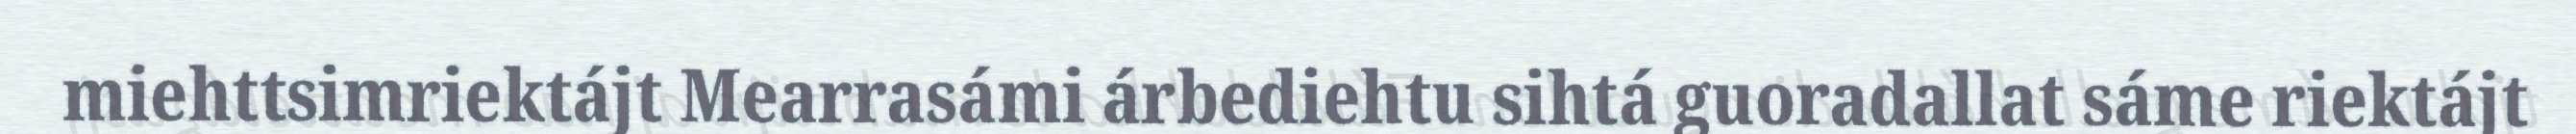
miehttsimriektájt Mearrasámi árbediehtu sihtá guoradallat sáme riektájt